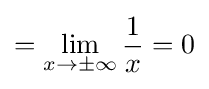
=\lim _{x\to \pm \infty }{\frac {1}{x}}=0